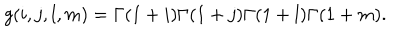
LaTeX: g ( i , j , l , m ) = \Gamma ( 1 + i ) \Gamma ( 1 + j ) \Gamma ( 1 + l ) \Gamma ( 1 + m ) .